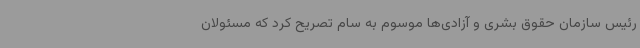
رئیس سازمان حقوق بشری و آزادی‌ها موسوم به سام تصریح کرد که مسئولان